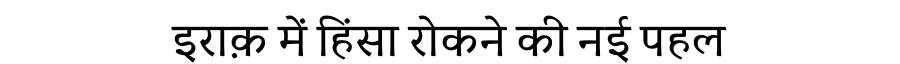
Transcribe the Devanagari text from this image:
इराक़ में हिंसा रोकने की नई पहल